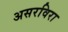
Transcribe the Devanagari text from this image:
असरविरा